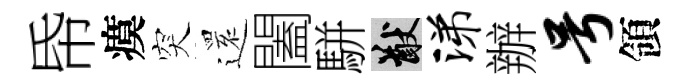
帋瘼突𮟃闔駢猷涕辦号領